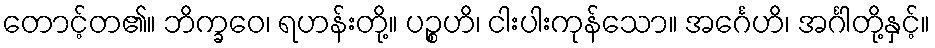
တောင့်တ၏။ ဘိက္ခဝေ၊ ရဟန်းတို့။ ပဉ္စဟိ၊ ငါးပါးကုန်သော။ အင်္ဂေဟိ၊ အင်္ဂါတို့နှင့်။